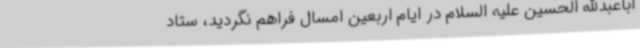
اباعبدالله الحسین علیه السلام در ایام اربعین امسال فراهم نگردید، ستاد